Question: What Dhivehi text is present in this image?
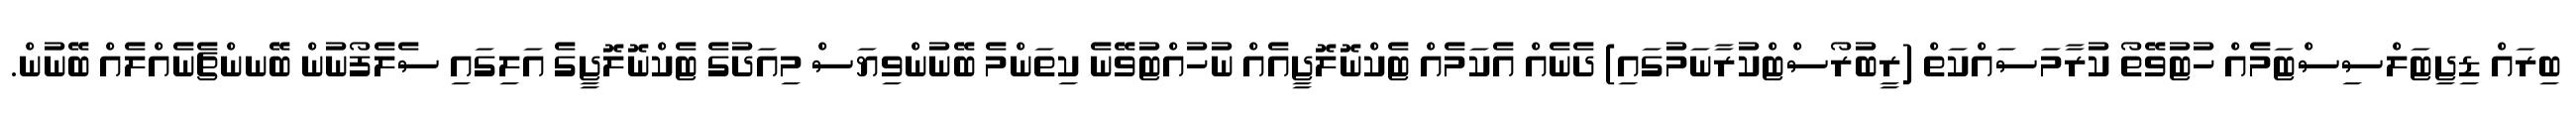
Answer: ބިރައް ޑިޖިޓަލްސިސްޓަމެއް ހުޓުވޭތޯ ކުރާމަސައްކަތް (ރީބުރޯސްޓްކުރާނަމުގައި) ދެނެއް އެކަމެއް ޓެކްނޮލޮޖީއެއް ނުހުއްޓުވޭނެ ކިތަންމެ ބޭނުންވިޔަސް މިއަދުގެ ޓެކްނޮލޮޖީގެ އަލިގައި ސެލެފޯނުން ބޭނންޗެނެއްލެއް ބޭނުން.